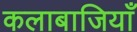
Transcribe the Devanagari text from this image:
कलाबाजियाँ